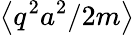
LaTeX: \left\langle q^{2}a^{2}/2m\right\rangle